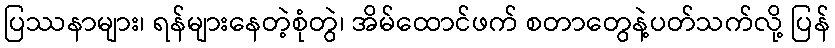
ပြဿနာများ၊ ရန်များနေတဲ့စုံတွဲ၊ အိမ်ထောင်ဖက် စတာတွေနဲ့ပတ်သက်လို့ ပြန်